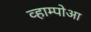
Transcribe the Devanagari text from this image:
व्हाम्पोआ